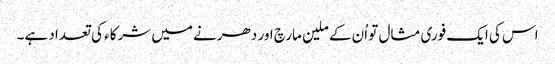
اس کی ایک فوری مثال تو اُن کے ملین مارچ اور دھرنے میں شرکاء کی تعداد ہے۔